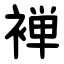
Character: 褝